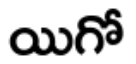
యిగో